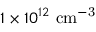
1 \times 1 0 ^ { 1 2 } \ \mathrm { c m ^ { - 3 } }